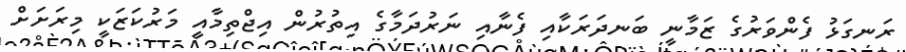
ރަނގަޅު ފެންވަރުގެ ޒަމާނީ ބަނދަރަކާއި ފެނާއި ނަރުދަމާގެ އިތުރުން އިޖްތިމާއީ މަރުކަޒަކީ މިރަށަށް